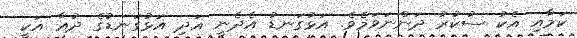
ކަމާއި އެކު ސުކުރު ދަންނަވަމެވެ. އަޅުގަނޑު އެދެނީ އަދި އަޅުގަނޑުގެ ދުޢާ އަކީ